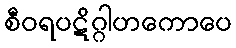
စီဝရပဋိဂ္ဂါဟကောပေ